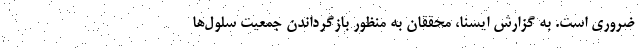
ضروری است. به گزارش ایسنا، محققان به منظور بازگرداندن جمعیت سلول‌ها